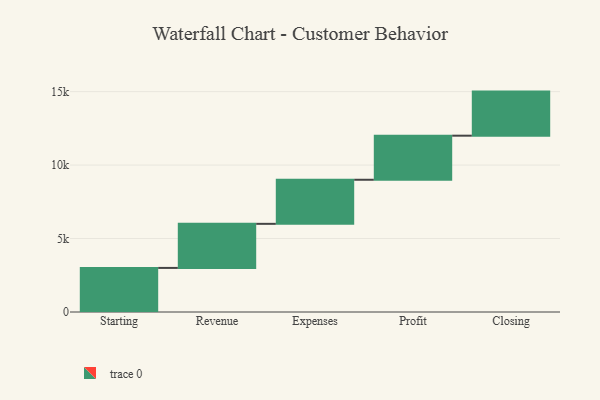
{"axis": {"x": "Step", "y": "Value"}, "legend": [""], "data": [{"x": "Starting", "y": 3000, "type": ""}, {"x": "Revenue", "y": 3000, "type": ""}, {"x": "Expenses", "y": 3000, "type": ""}, {"x": "Profit", "y": 3000, "type": ""}, {"x": "Closing", "y": 3000, "type": ""}]}